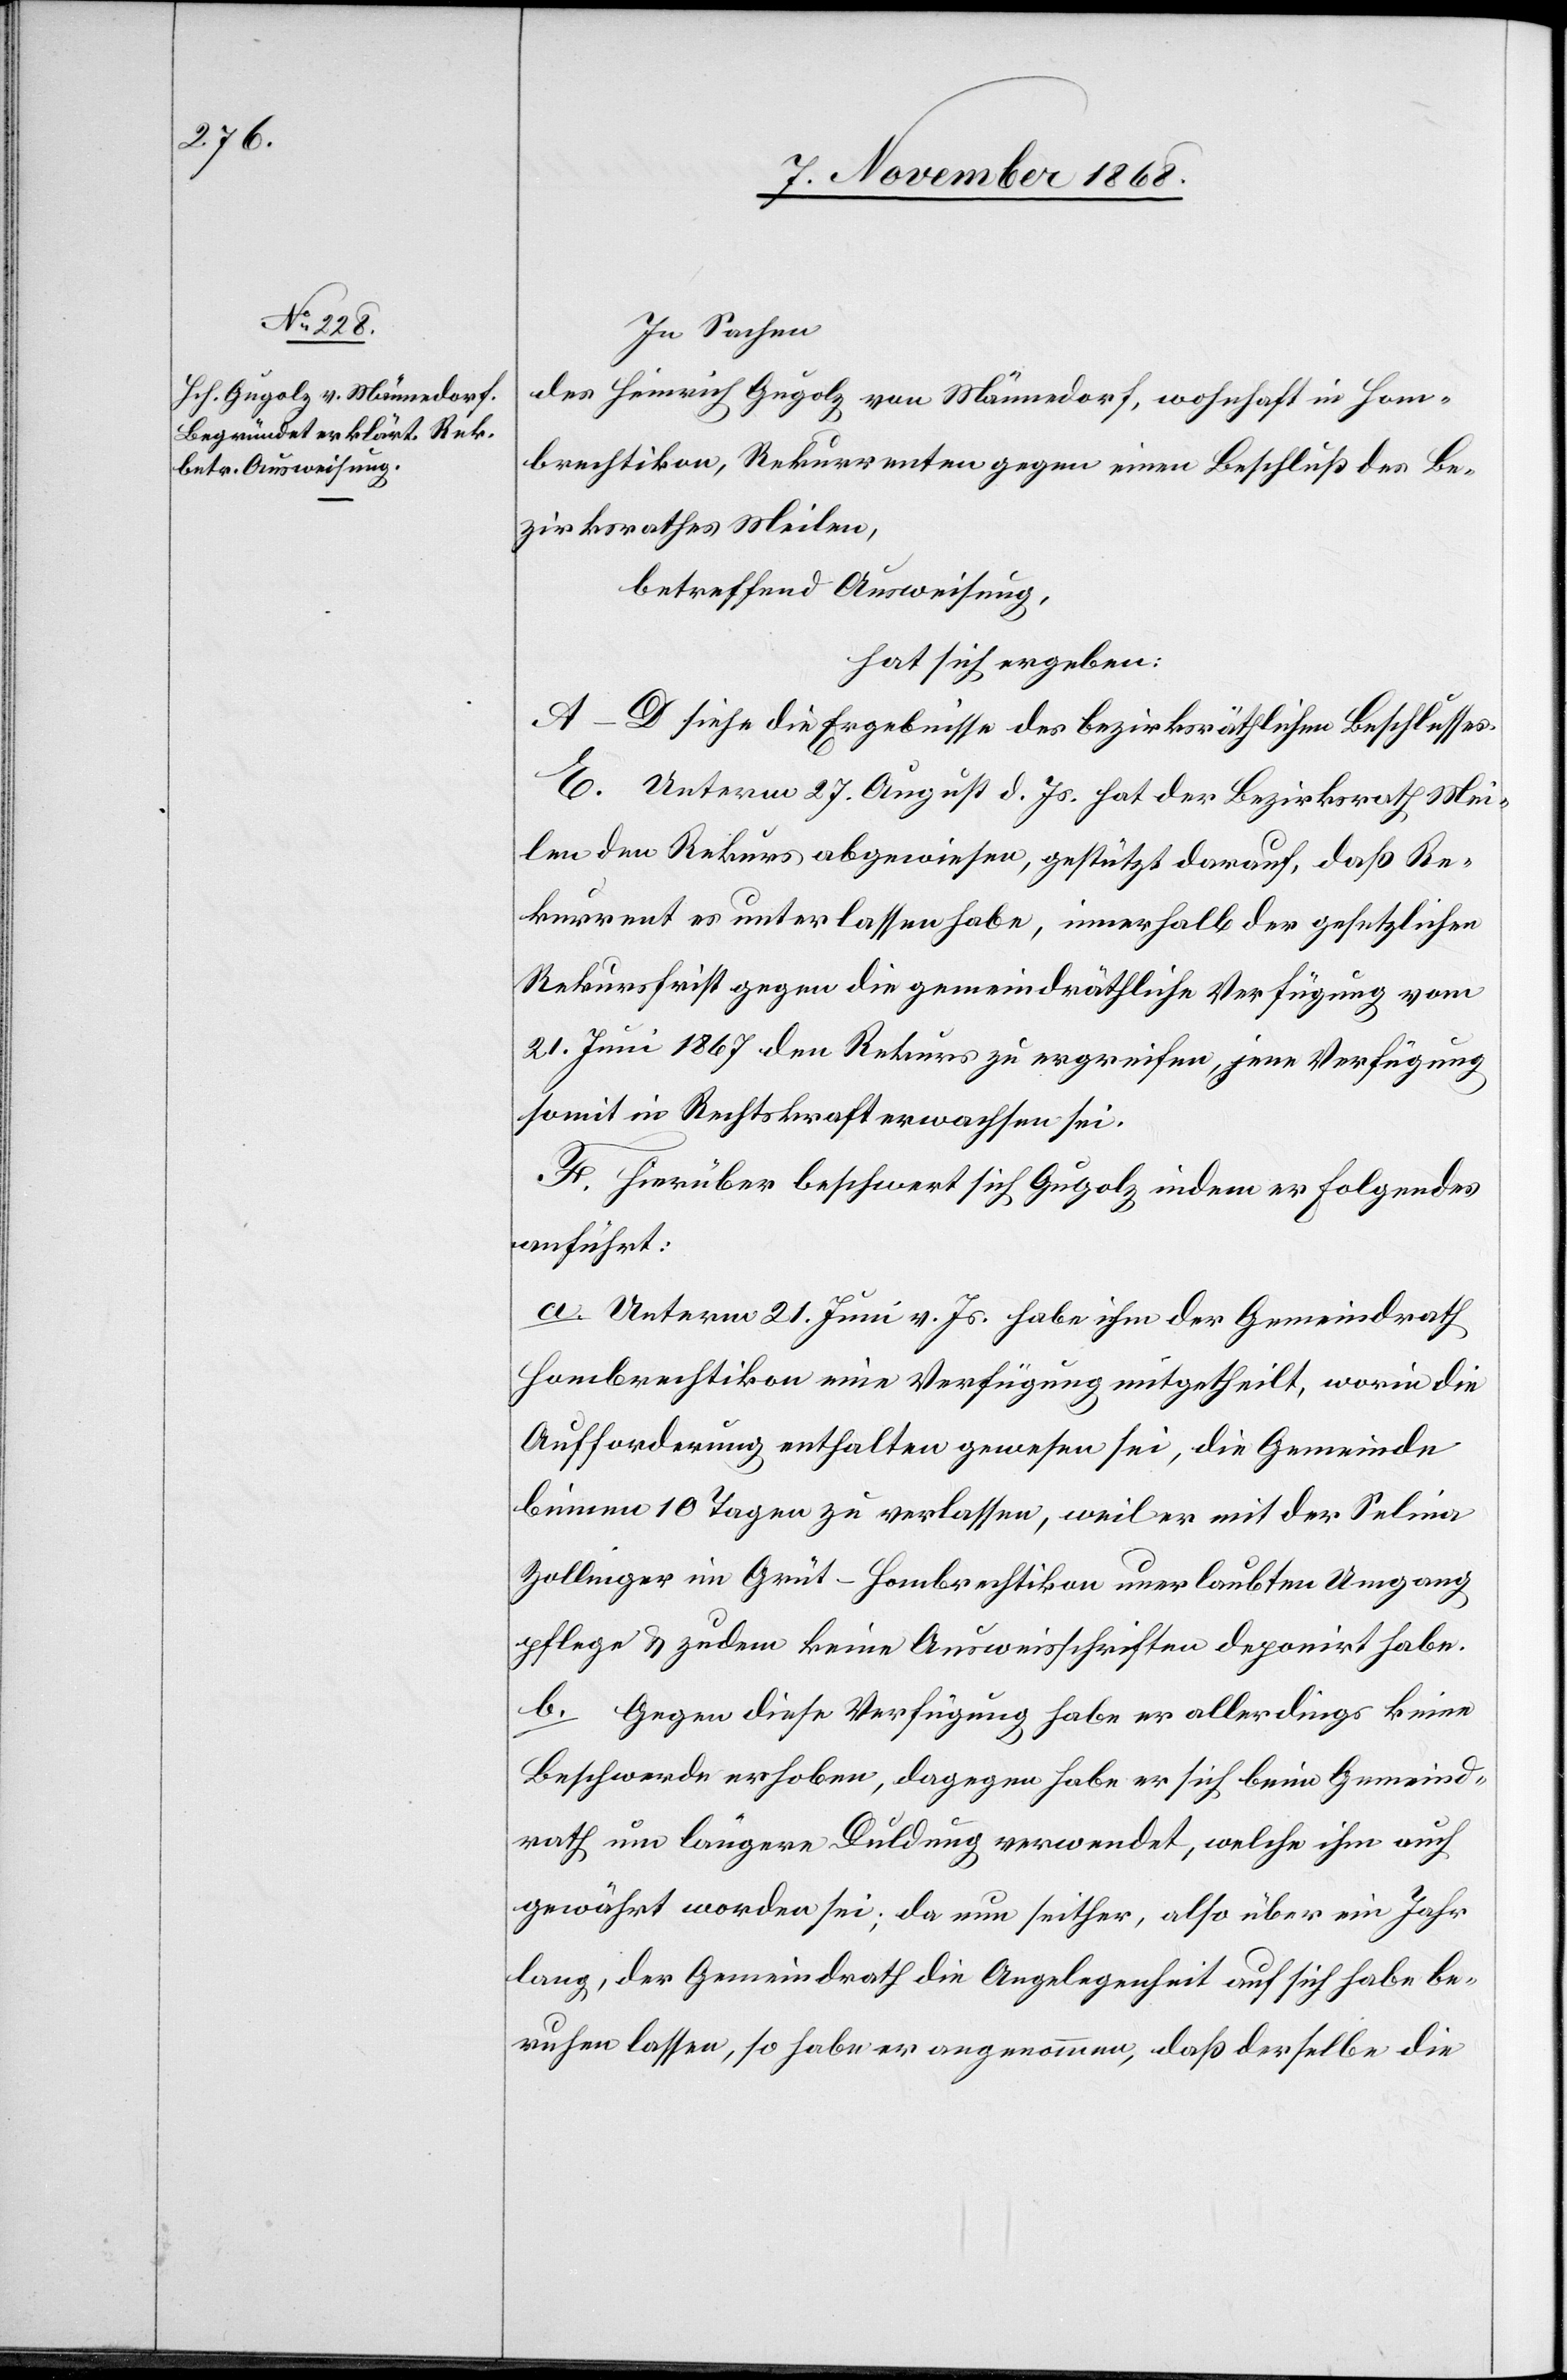
In Sachen
des Heinrich Gugolz von Männedorf, wohnhaft in Hom¬
brechtikon, Rekurrenten gegen einen Beschluß des Be¬
zirksrathes Meilen,
betreffend Ausweisung,
hat sich ergeben:
A–D siehe die Ergebnisse des bezirksräthlichen Beschlusses.
E. Unterm 27. August d. Js. hat der Bezirksrath Mei¬
len den Rekurs abgewiesen, gestützt darauf, daß Re¬
kurrent es unterlassen habe, innerhalb der gesetzlichen
Rekursfrist gegen die gemeindräthliche Verfügung vom
21. Juni 1867 den Rekurs zu ergreifen, jene Verfügung
somit in Rechtskraft erwachsen sei.
F. Hierüber beschwert sich Gugolz indem er Folgendes
anführt:
a. Unterm 21. Juni v. Js. habe ihm der Gemeindrath
Hombrechtikon eine Verfügung mitgetheilt, worin die
Aufforderung enthalten gewesen sei, die Gemeinde
binnen 10 Tagen zu verlassen, weil er mit der Selina
Zollinger im Grüt - Hombrechtikon unerlaubten Umgang
pflege & zudem keine Ausweisschriften deponirt habe.
b. Gegen diese Verfügung habe er allerdings keine
Beschwerde erhoben, dagegen habe er sich beim Gemeind¬
rath um längere Duldung verwendet, welche ihm auch
gewährt worden sei; da nun seither, also über ein Jahr
lang, der Gemeindrath die Angelegenheit auf sich habe be¬
ruhen lassen, so habe er angenommen, daß derselbe die